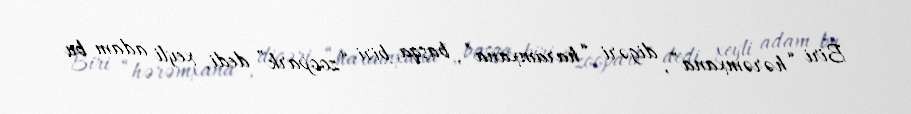
Biri “hərəmxana”, digəri “haramxana”, başqa biri “zoopark” dedi, xeyli adam bu